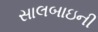
સાલબાઇની